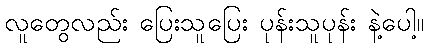
လူတွေလည်း ပြေးသူပြေး ပုန်းသူပုန်း နဲ့ပေါ့။